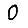
Digit: 0